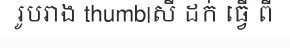
រូបរាង thumb|សី ដក់ ធ្វើ ពី